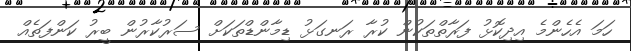
ހަމަ އެހެންމެ އިދިކޮޅު ފަރާތްތަކުން ކުރާ ރަނގަޅު ޑިމާންޑްތަކަށް ސަރުކާރުން ބީރު ކަންފަތެއް